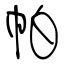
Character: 帕